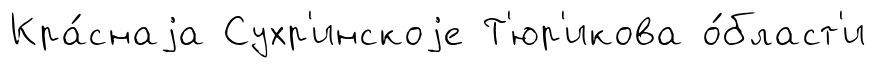
Кра́снаjа Сухр'инскоjе Т'юр'икова о́бласт'и